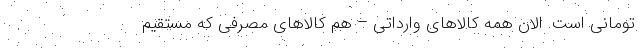
تومانی است. الان همه کالاهای وارداتی – هم کالاهای مصرفی که مستقیم